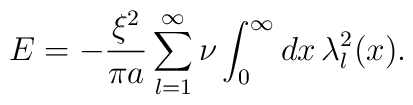
E=- \frac{\xi ^2}{\pi a}\sum_{l=1}^{\infty}\nu \int_{0}^{\infty} dx\,\lambda_l^2(x).